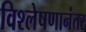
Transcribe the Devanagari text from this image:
विश्लेषणानंतर